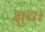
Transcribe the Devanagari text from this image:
क्षुब्घ